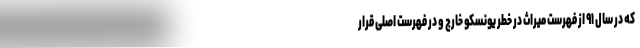
که در سال ۹۱ از فهرست میراث در خطر یونسکو خارج و در فهرست اصلی قرار